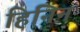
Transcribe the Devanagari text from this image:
हिनिन